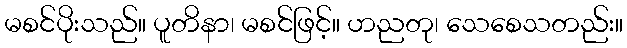
မစင်ပိုးသည်။ ပူတိနာ၊ မစင်ဖြင့်။ ဟညတု၊ သေစေသတည်း။